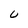
Character: U